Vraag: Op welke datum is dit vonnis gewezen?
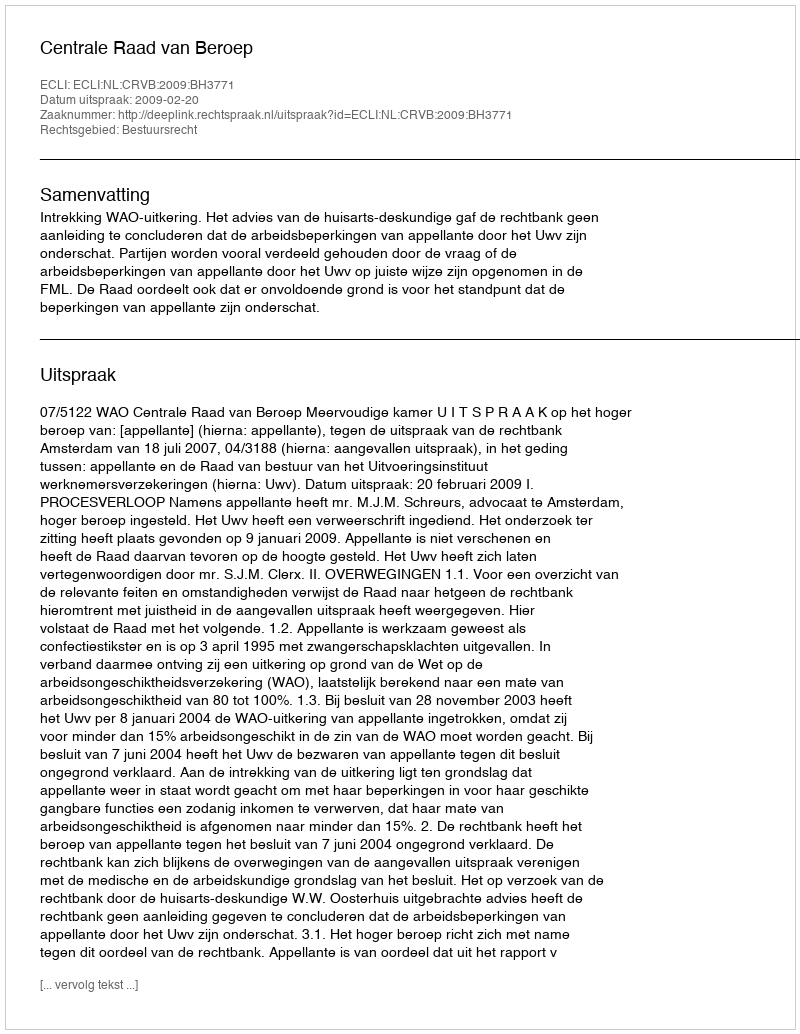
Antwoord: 2009-02-20